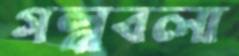
গল্পবলা